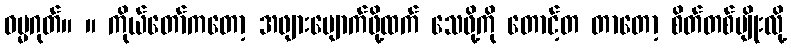
ဓမ္မဂုတ်။ ။ ကိုယ်တော်ကတော့ အဖျားပျောက်ဖို့ထက် သေဖို့ကို တောင့်တ တာတော့ စိတ်တစ်မျိုးလို့